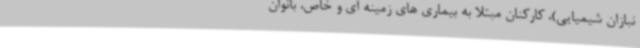
نبازان شیمیایی)، کارکنان مبتلا به بیماری های زمینه ای و خاص، بانوان